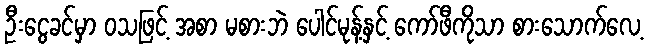
ဦးငွေခင်မှာ ဝသဖြင့် အစာ မစားဘဲ ပေါင်မုန့်နှင့် ကော်ဖီကိုသာ စားသောက်လေ့